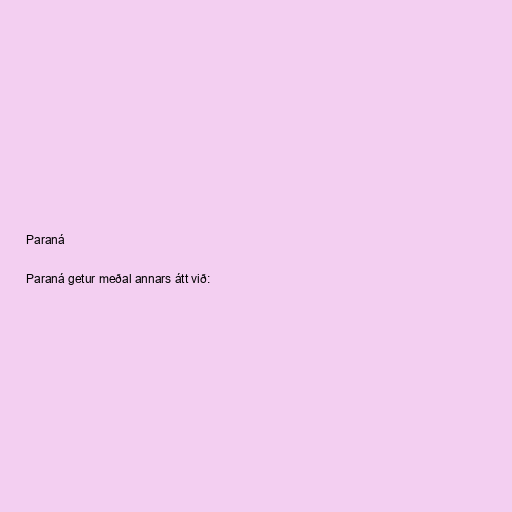
Paraná

Paraná getur meðal annars átt við: